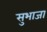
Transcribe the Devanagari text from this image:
सुभाजा